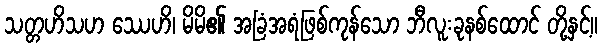
သတ္တဟိသဟ ဿေဟိ၊ မိမိ၏ အခြံအရံဖြစ်ကုန်သော ဘီလူးခုနစ်ထောင် တို့နှင့်။